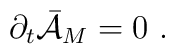
{\partial}_t \bar{\cal{A}}_M = 0\ .